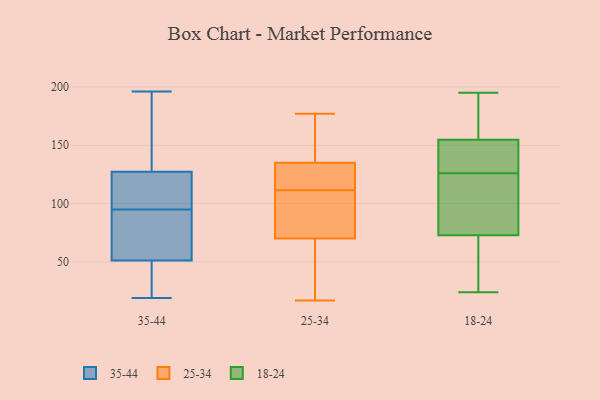
{"axis": {"x": "Demand Index", "y": "Value"}, "legend": ["18-24", "25-34", "35-44"], "data": [{"x": "", "y": 46, "type": "35-44"}, {"x": "", "y": 105, "type": "35-44"}, {"x": "", "y": 103, "type": "35-44"}, {"x": "", "y": 34, "type": "35-44"}, {"x": "", "y": 19, "type": "35-44"}, {"x": "", "y": 74, "type": "35-44"}, {"x": "", "y": 124, "type": "35-44"}, {"x": "", "y": 95, "type": "35-44"}, {"x": "", "y": 86, "type": "35-44"}, {"x": "", "y": 42, "type": "35-44"}, {"x": "", "y": 53, "type": "35-44"}, {"x": "", "y": 137, "type": "35-44"}, {"x": "", "y": 164, "type": "35-44"}, {"x": "", "y": 66, "type": "35-44"}, {"x": "", "y": 120, "type": "35-44"}, {"x": "", "y": 196, "type": "35-44"}, {"x": "", "y": 178, "type": "35-44"}, {"x": "", "y": 175, "type": "25-34"}, {"x": "", "y": 137, "type": "25-34"}, {"x": "", "y": 76, "type": "25-34"}, {"x": "", "y": 88, "type": "25-34"}, {"x": "", "y": 117, "type": "25-34"}, {"x": "", "y": 121, "type": "25-34"}, {"x": "", "y": 177, "type": "25-34"}, {"x": "", "y": 17, "type": "25-34"}, {"x": "", "y": 102, "type": "25-34"}, {"x": "", "y": 86, "type": "25-34"}, {"x": "", "y": 29, "type": "25-34"}, {"x": "", "y": 64, "type": "25-34"}, {"x": "", "y": 119, "type": "25-34"}, {"x": "", "y": 157, "type": "25-34"}, {"x": "", "y": 133, "type": "25-34"}, {"x": "", "y": 106, "type": "25-34"}, {"x": "", "y": 156, "type": "25-34"}, {"x": "", "y": 55, "type": "25-34"}, {"x": "", "y": 121, "type": "25-34"}, {"x": "", "y": 38, "type": "25-34"}, {"x": "", "y": 110, "type": "18-24"}, {"x": "", "y": 195, "type": "18-24"}, {"x": "", "y": 110, "type": "18-24"}, {"x": "", "y": 144, "type": "18-24"}, {"x": "", "y": 37, "type": "18-24"}, {"x": "", "y": 24, "type": "18-24"}, {"x": "", "y": 148, "type": "18-24"}, {"x": "", "y": 126, "type": "18-24"}, {"x": "", "y": 126, "type": "18-24"}, {"x": "", "y": 157, "type": "18-24"}, {"x": "", "y": 190, "type": "18-24"}, {"x": "", "y": 84, "type": "18-24"}, {"x": "", "y": 141, "type": "18-24"}, {"x": "", "y": 60, "type": "18-24"}, {"x": "", "y": 126, "type": "18-24"}, {"x": "", "y": 55, "type": "18-24"}, {"x": "", "y": 69, "type": "18-24"}, {"x": "", "y": 169, "type": "18-24"}, {"x": "", "y": 168, "type": "18-24"}]}